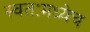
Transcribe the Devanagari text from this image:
स्वतःमध्येच